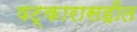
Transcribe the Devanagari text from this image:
षट्कारासहीत